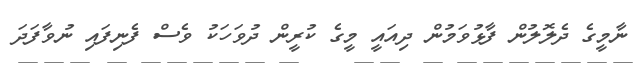
ނާމީގެ ދެލޮލުން ފާޅުވަމުން ދިއައީ މީގެ ކުރީން ދުވަހަކު ވެސް ފެނިފައި ނުވާފަދަ